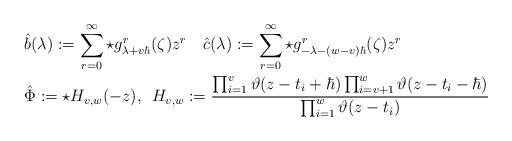
LaTeX: \begin{align*}&\hat{b}(\lambda):=\sum_{r=0}^{\infty} \star g^r_{\lambda+v\hbar}(\zeta)z^r\,\ \,\ \hat{c}(\lambda):=\sum_{r=0}^{\infty} \star g^r_{-\lambda-(w-v)\hbar}(\zeta)z^r\\&\hat{\Phi}:=\star H_{v, w}(-z), \,\ H_{v, w}:=\frac{\prod_{i=1}^{v} \vartheta(z-t_i+\hbar) \prod_{i=v+1}^w \vartheta(z-t_i-\hbar)}{\prod_{i=1}^w \vartheta(z-t_i)}\end{align*}